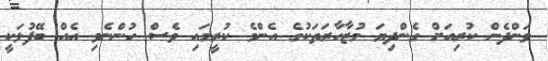
ވަންދެން ކުރިއަށް ގެންދިޔަ މުޒާހާރަތަކުގެ އެންމެ ކުރީގައި ވެސް ހުންނެވި އެއް ބޭފުޅަކީ